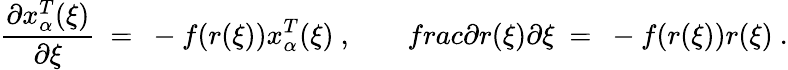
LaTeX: \frac{\partial x_{\alpha}^{T}(\xi)}{\partial\xi}\ =\ -f(r(\xi))x_{\alpha}^{T}(\xi)\ ,\ \ \ \ \ \ \ \, frac{\partial r(\xi)}{\partial\xi}\ =\ -f(r(\xi))r(\xi)\ .